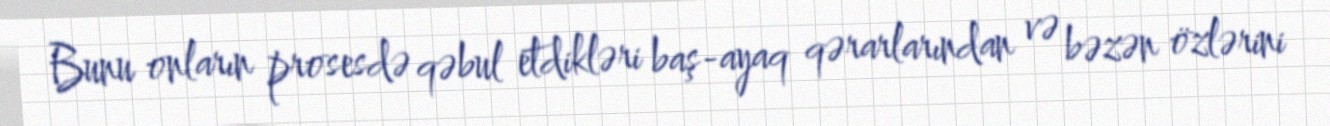
Bunu onların prosesdə qəbul etdikləri baş-ayaq qərarlarından və bəzən özlərini